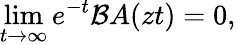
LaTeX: \operatorname*{lim}_{t\rightarrow\infty}e^{-t}\mathcal BA(zt)=0,